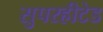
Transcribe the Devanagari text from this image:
सुपरहीटेड